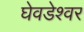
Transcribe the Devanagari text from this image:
घेवडेश्वर